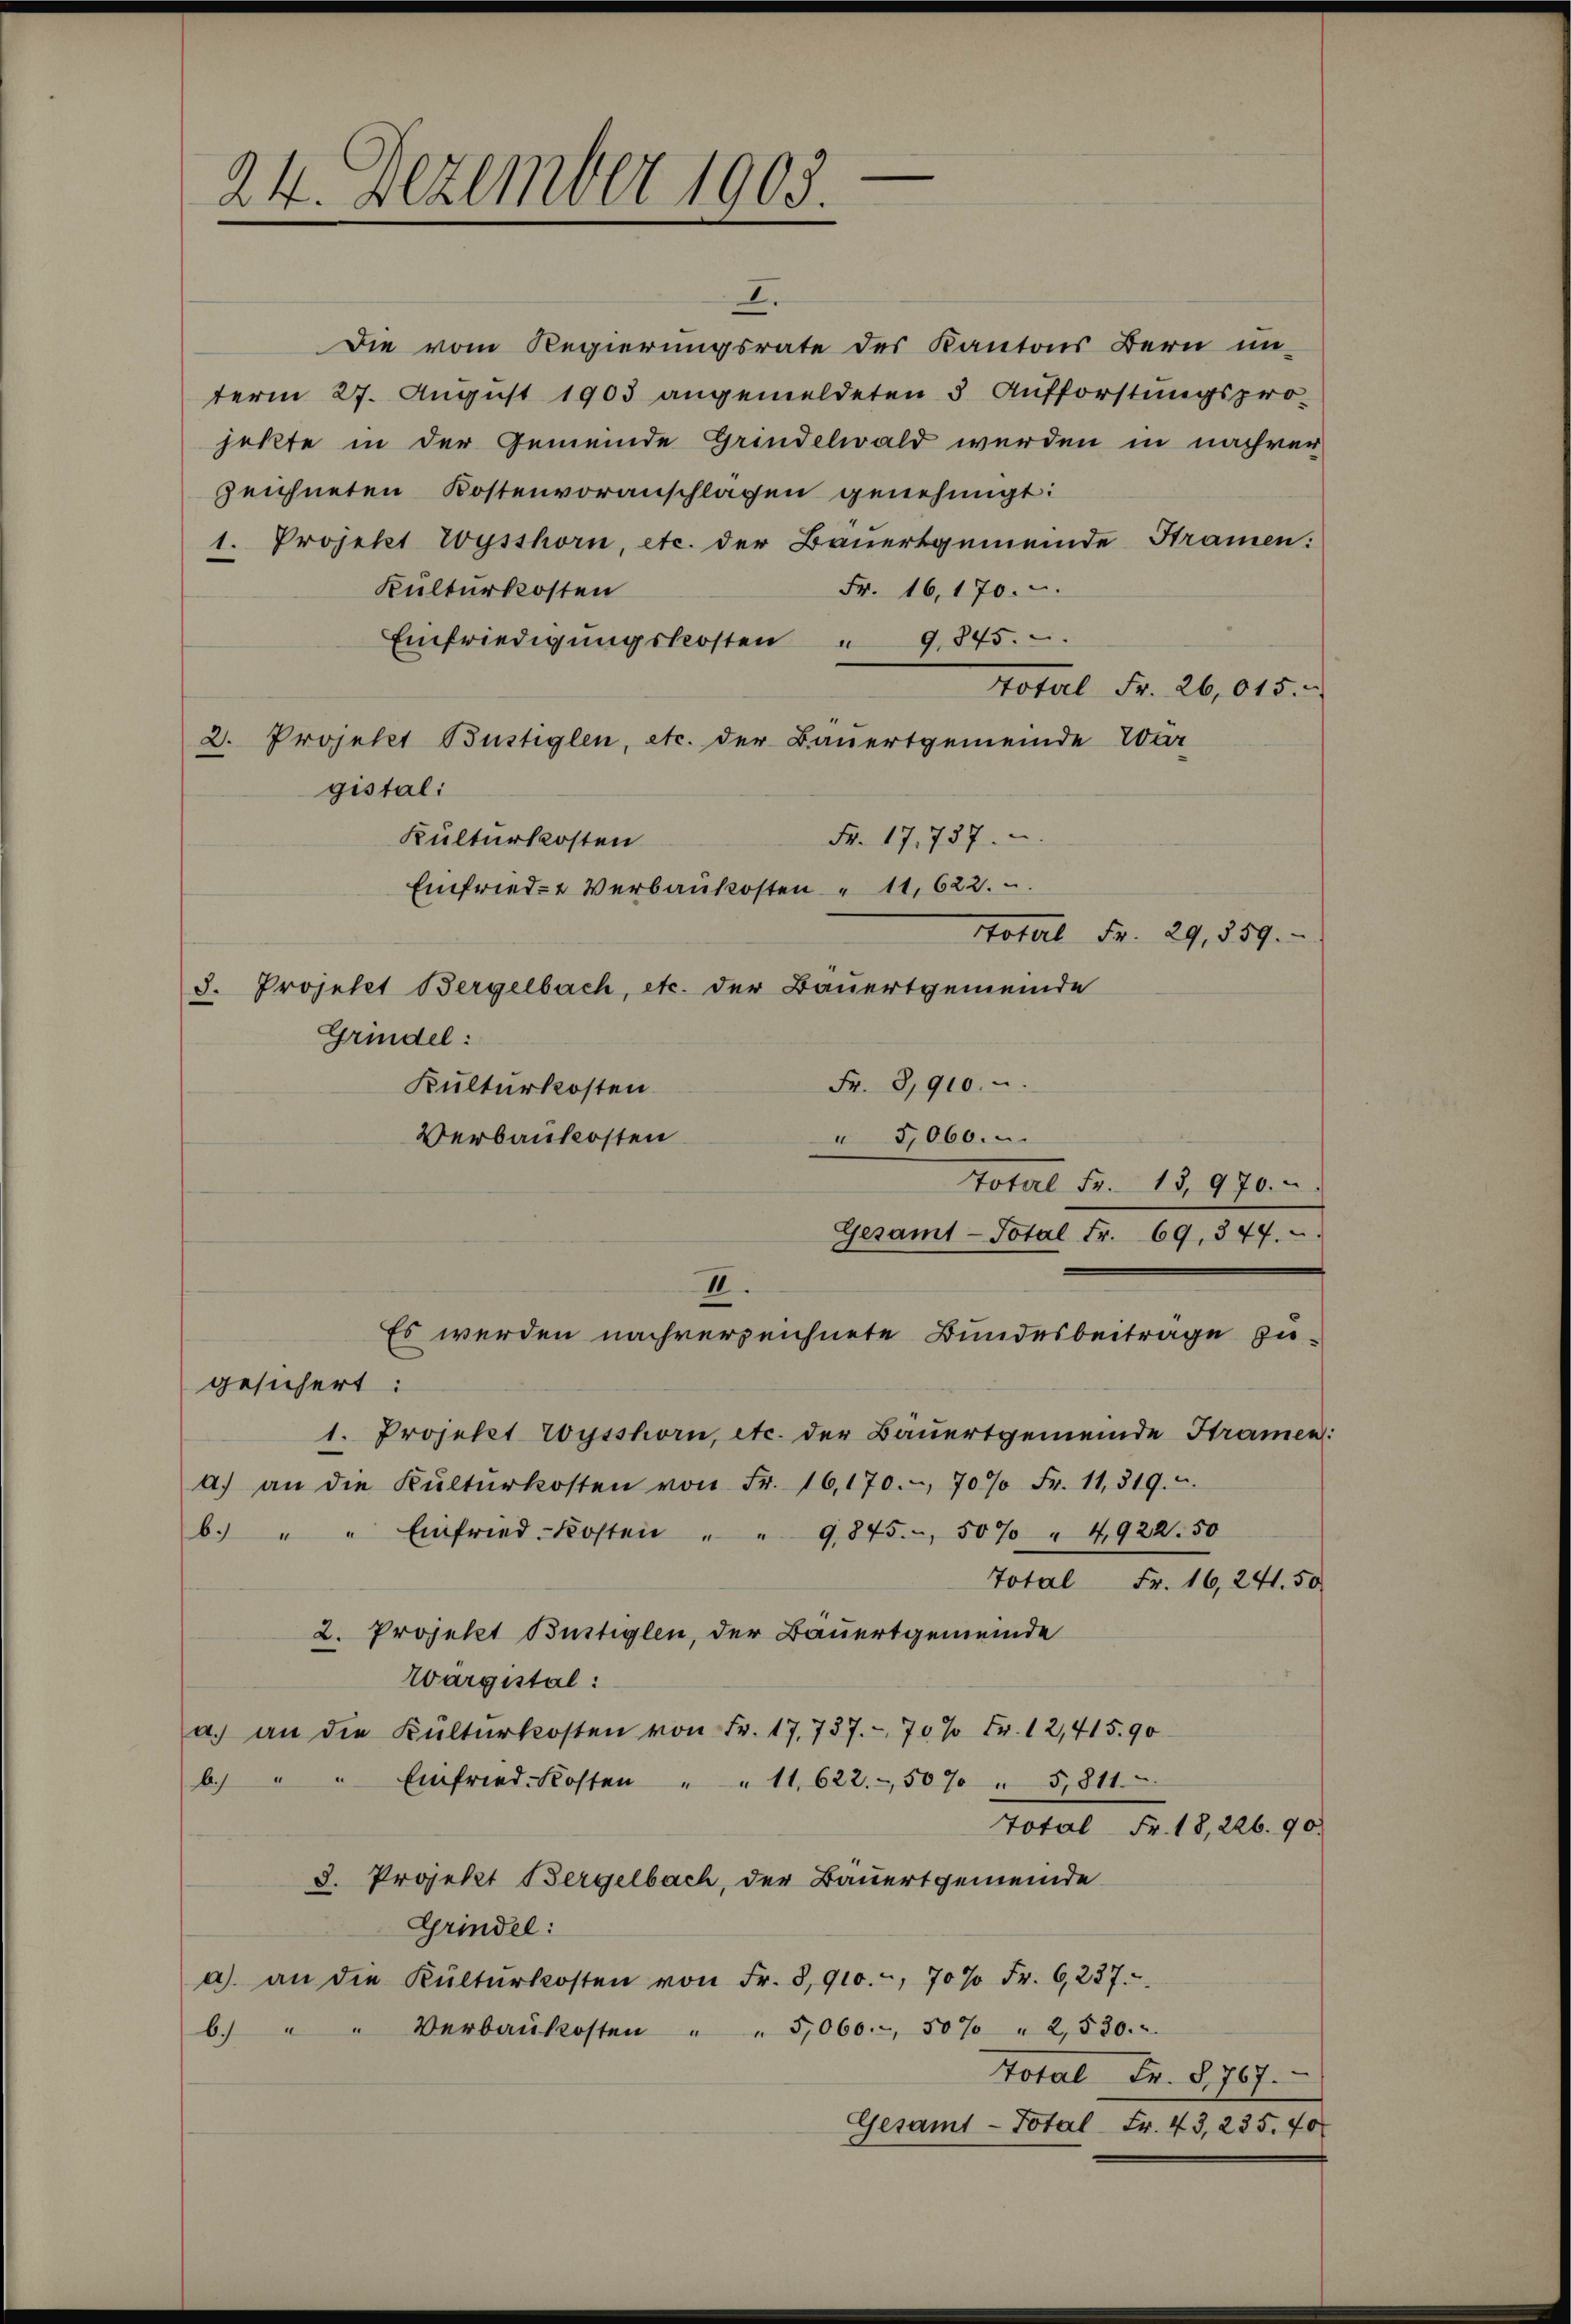
24. Dezember 1903

Die vom Regierungsrate des Kantons Bern un-
term 27. August 1903 angemeldeten 3 Aufforstungspro-
jekte in der Gemeinde Grindelwald werden in nachren
zeichneten Kostenvoranschlagen genehmigt:
1. Projekt Wysshorn, etc. der Bauertgemeinde Kramen:
Fr. 16,170.
Kulturkosten
Einfriedigŭngskosten " 9845.
total Fr. 26,015.
2. Projekt Büstiglen, etc. der Bauertgemeinde War
gistal:
Nr. 17. 737.
Kulturkosten
Einfried- u Verbaukosten " 11,622.
Total Fr. 29, 559.
3. Projetet Bergelbach, etc. der Bäuertgemeinde
Grindel:
Fr. 3,910.
Kulturkosten
5,060.
Verbaukosten
Total Fr. 15,970.
Gesamt-Total Fr. 69, 347.
II.
Es werden nachverzeichnete Bundesbeitrage zu-
gesichert:
1. Projekt Wysshorn, etc. der Bauertgemeinde Stramer
a) an die Kulturkosten von Fr. 16,170. 707 Fr. 11,319.
b. " " Einfried-Kosten " " 9845. 507 " 4922.50
Total Fr. 16, 24. 50
2. Projekt Büstiglen, der Bäuertgemeinde
Wargistal:
a.) an die Kulturkosten von Fr. 17,737. - 70 % Fr. 12,415.90
b.) " " Einfried Kosten " " 11622. 507 " 5,811.
Total Fr. 18, 226. 90
d. Projekt Bergelbach, der Bäuertgemeinde
Grindel:
a) an die Kulturkosten von Fr. 8,910.-, 70 % Fr. 6237.
b. " " Verbaukosten " " 5,060.-, 507 " 2,530.
Total Fr. §,767.
Gesamt-Total Fr. 43, 235. 70

.

7